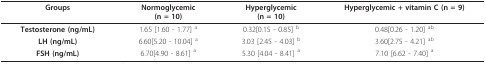
| Groups | Normoglycemic(n = 10) | Hyperglycemic(n = 10) | Hyperglycemic + vitamin C (n = 9) |
 | --- | --- | --- | --- |
 | Testosterone (ng/mL) | 1.65 [1.60 - 1.77] a | 0.32[0.15 - 0.85] b | 0.48[0.26 - 1.20] ab |
 | LH (ng/mL) | 6.60[5.20 - 10.04] a | 3.03 [2.45 - 4.03] b | 3.60[2.75 - 4.21] ab |
 | FSH (ng/mL) | 6.70[4.90 - 8.61] a | 5.30 [4.04 - 8.41] a | 7.10 [6.62 - 7.40] a |